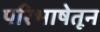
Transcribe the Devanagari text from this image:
परिभाषेतून